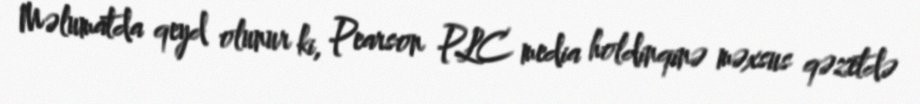
Məlumatda qeyd olunur ki, Pearson PLC media holdinqinə məxsus qəzetdə